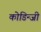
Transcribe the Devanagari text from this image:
कोडिन्जी